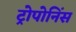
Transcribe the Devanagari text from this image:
ट्रोपोनिंस